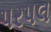
પરપલ